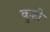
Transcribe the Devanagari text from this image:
कुष्टी